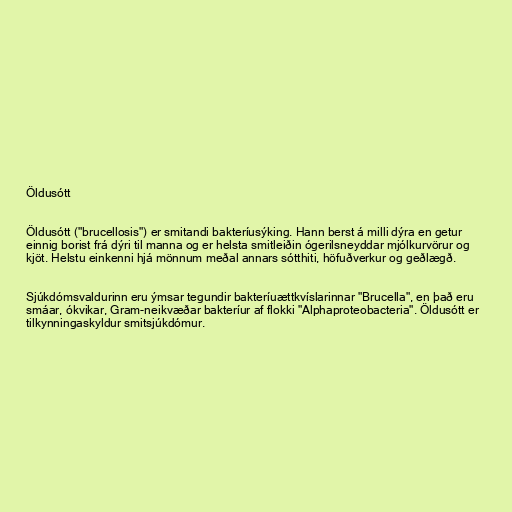
Öldusótt

Öldusótt ("brucellosis") er smitandi bakteríusýking. Hann berst á milli dýra en getur
einnig borist frá dýri til manna og er helsta smitleiðin ógerilsneyddar mjólkurvörur og
kjöt. Helstu einkenni hjá mönnum meðal annars sótthiti, höfuðverkur og geðlægð.

Sjúkdómsvaldurinn eru ýmsar tegundir bakteríuættkvíslarinnar "Brucella", en það eru
smáar, ókvikar, Gram-neikvæðar bakteríur af flokki "Alphaproteobacteria". Öldusótt er
tilkynningaskyldur smitsjúkdómur.